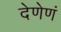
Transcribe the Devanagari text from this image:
देणेणं